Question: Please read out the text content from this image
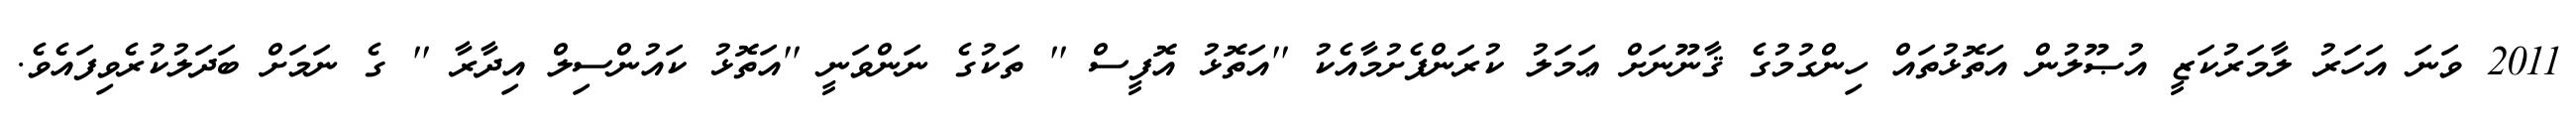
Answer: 2011 ވަނަ އަހަރު ލާމަރުކަޒީ އުޞޫލުން އަތޮޅުތައް ހިންގުމުގެ ޤާނޫނަށް ޢަމަލު ކުރަންފެށުމާއެކު ''އަތޮޅު އޮފީސް '' ތަކުގެ ނަންވަނީ ''އަތޮޅު ކައުންސިލް އިދާރާ '' ގެ ނަމަށް ބަދަލުކުރެވިފައެވެ.